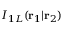
I _ { 1 L } ( \mathbf { r } _ { 1 } | \mathbf { r } _ { 2 } )